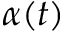
\alpha ( t )